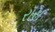
રૉસ